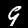
Label: 9